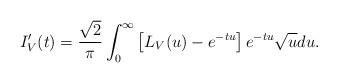
LaTeX: \begin{align*}I_V'(t)=\frac{\sqrt{2}}{\pi}\int_{0}^{\infty}\left[L_V(u)-e^{-tu}\right]e^{-tu}\sqrt{u}du. \end{align*}